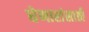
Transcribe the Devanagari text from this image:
घेणारांसाठी